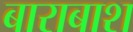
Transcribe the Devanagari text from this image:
बाराबाश